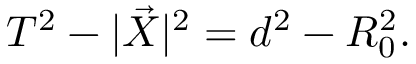
T ^ { 2 } - | \vec { X } | ^ { 2 } = d ^ { 2 } - R _ { 0 } ^ { 2 } .